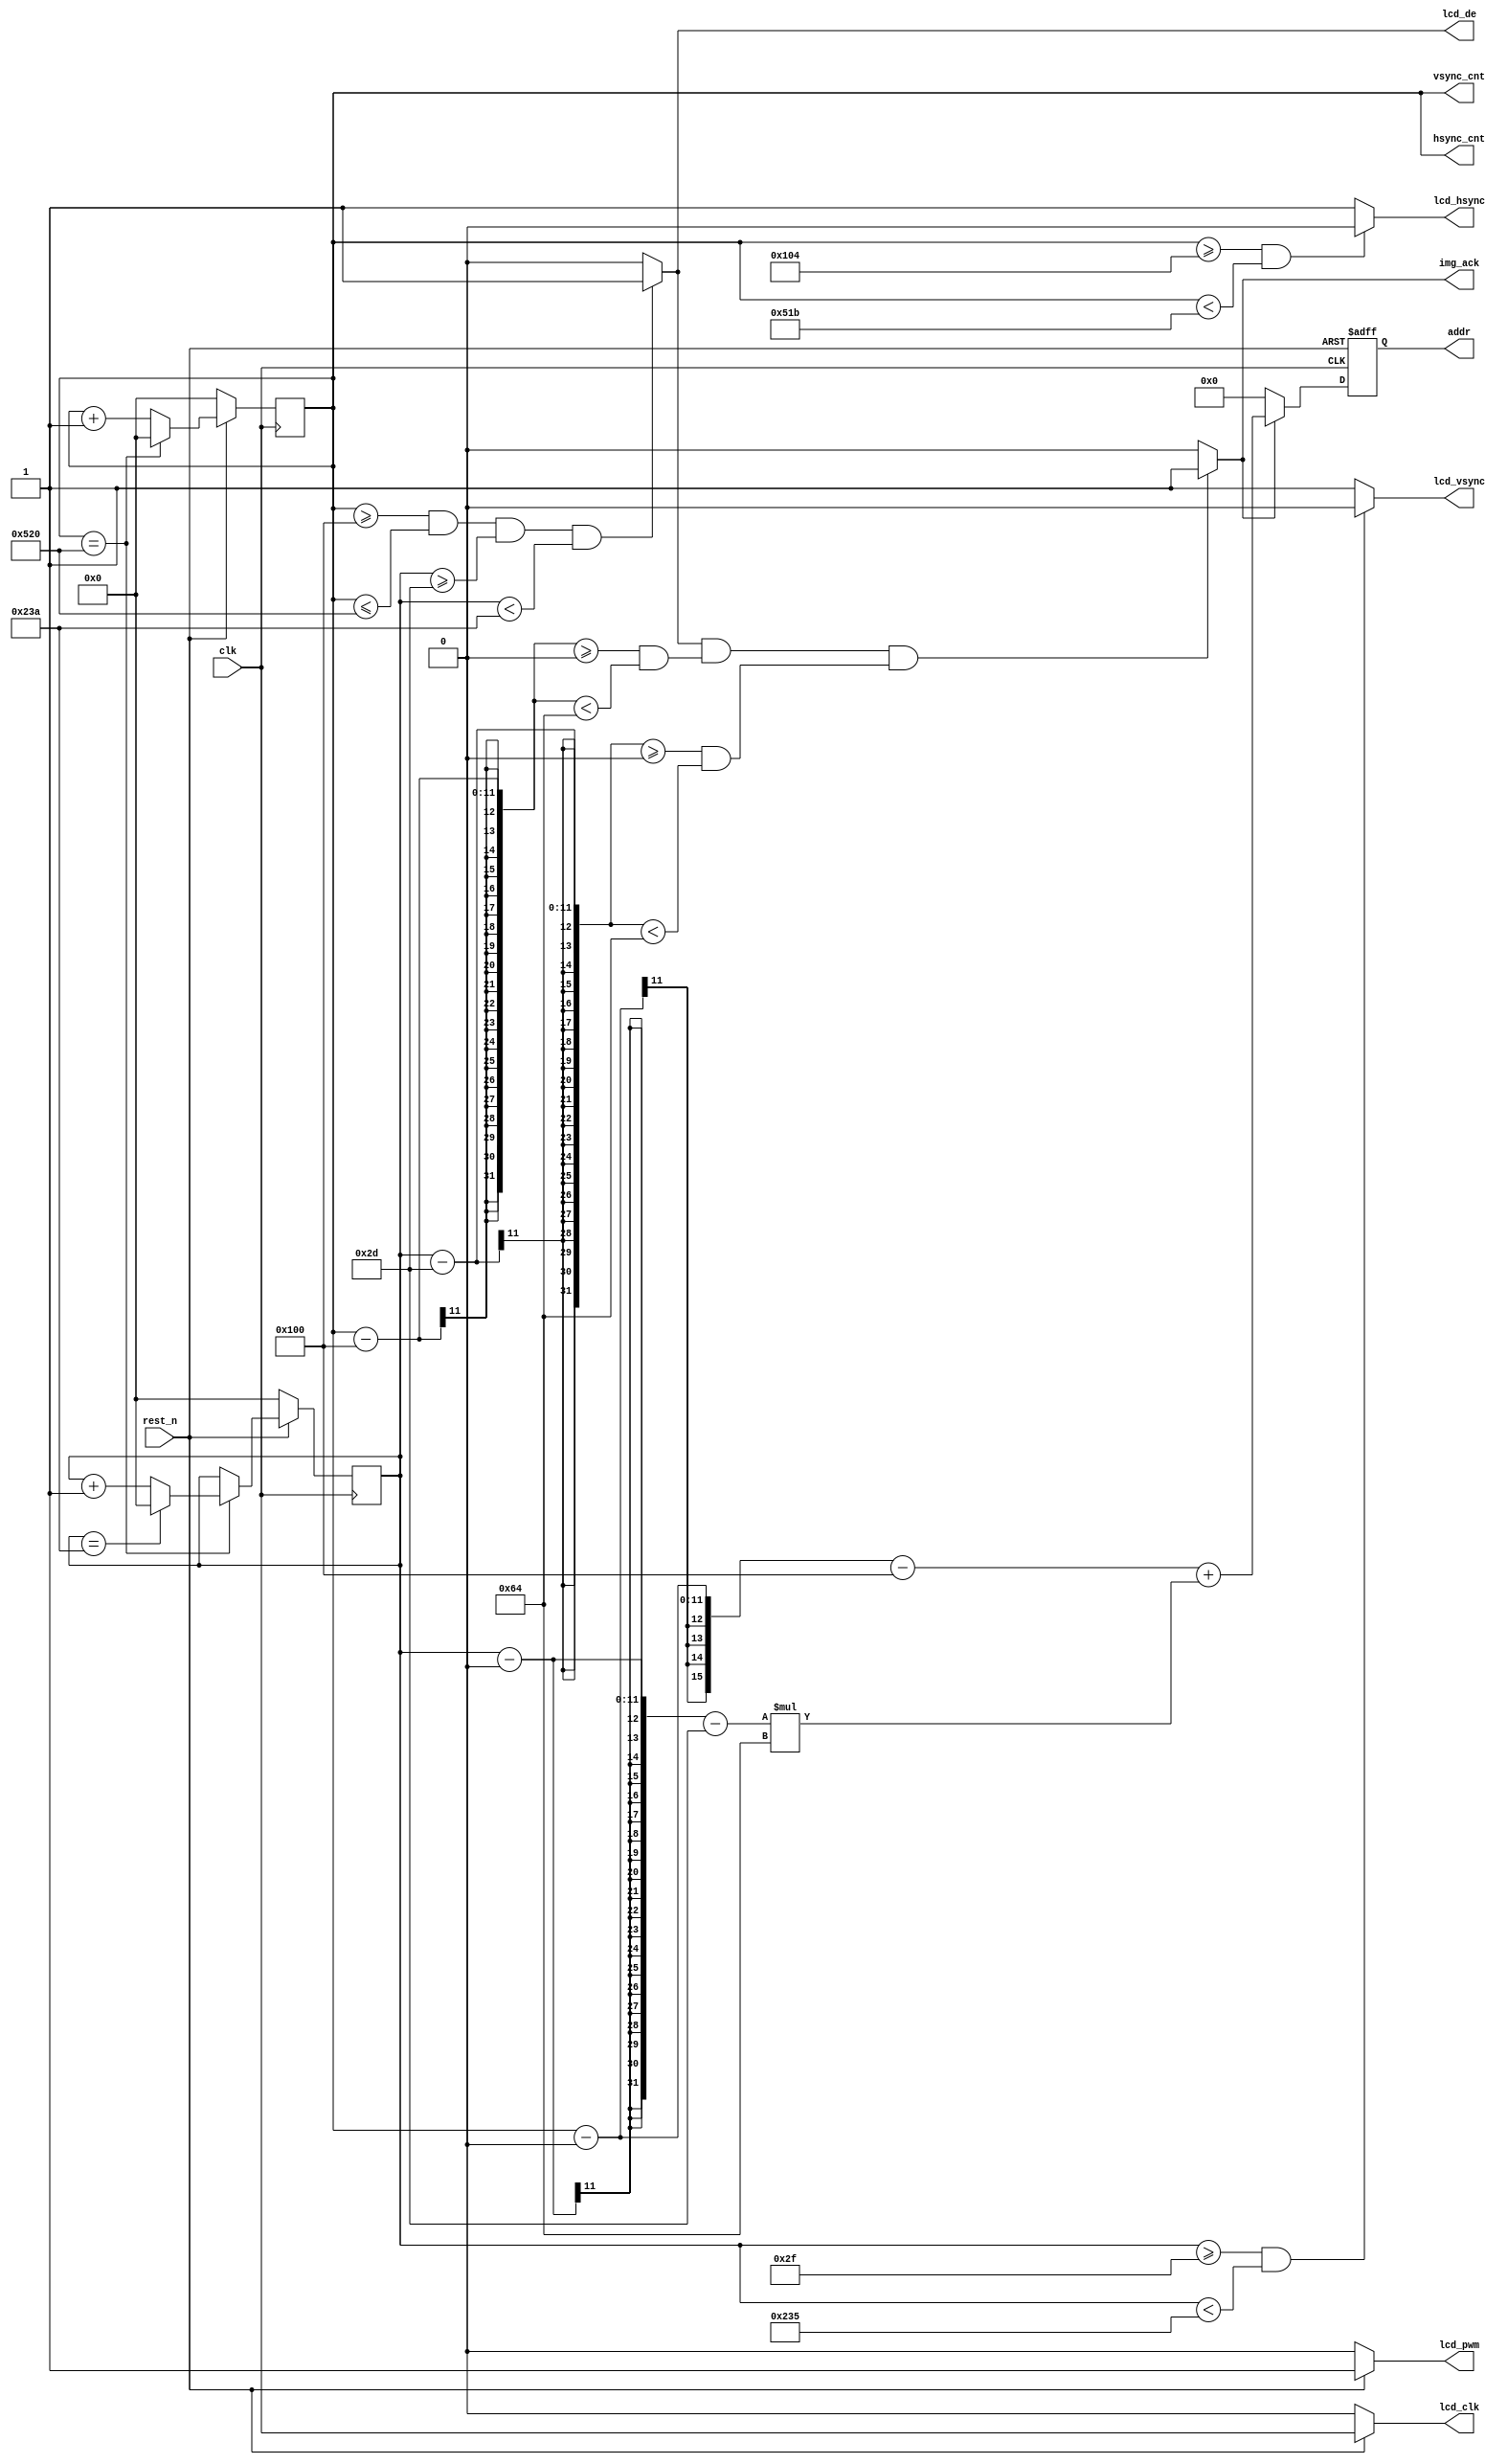

module lcd_sync
#(
 	//display image at pos
	parameter IMG_W = 100,  //
	parameter IMG_H = 100,  //
	parameter IMG_X = 0,
	parameter IMG_Y = 0
)
(
	input wire clk,
	input wire rest_n,
	output wire lcd_clk,
	output wire lcd_pwm,
	output wire lcd_hsync, 
	output wire lcd_vsync, 
	output wire lcd_de,
	output wire [10:0] hsync_cnt,
	output wire [10:0] vsync_cnt,
	output wire img_ack,
	output wire [15:0]addr
	);
	
	`define LCD_480800
`ifdef LCD_480800
	//800*480
	localparam TFT_H = 800;  //TFT
	localparam TFT_V = 480;  //TFT
	
	localparam thb = 256;
	localparam th = 1056 + thb;

	localparam tvb = 45;
	localparam tv = 525 + tvb;


	//640*480
//	localparam TFT_H = 640;  //TFT
//	localparam TFT_V = 480;  //TFT
	
//	localparam thb = 160;
//	localparam th = 640 + thb;

//	localparam tvb = 45;
//	localparam tv = 525 + tvb;
`else
	
	localparam TFT_H = 480;  //TFT
	localparam TFT_V = 272;  //TFT
	
	localparam thb = 41;
	localparam th = 533 + thb;

	localparam tvb = 10;
	localparam tv = 288 + tvb;
`endif

	reg [10:0] counter_hs;
	reg [10:0] counter_vs;

	always@(posedge clk)begin
	if(rest_n == 1'b0)begin
		counter_hs <= 0;
		counter_vs <= 0;
	end
	else begin
	if(counter_hs == th	)begin
		if(counter_vs == tv)
			counter_vs <= 0;
		else
			counter_vs <= counter_vs + 1;
			counter_hs <= 0;
	end
	else
		counter_hs <= counter_hs + 1;
	end	
	end

	reg [10:0]img_hbegin = 0;   //TFT
	reg [10:0]img_vbegin = 0;   //TFT

	assign lcd_clk = (rest_n == 1) ? clk : 1'b0;
	assign lcd_pwm = (rest_n == 1) ? 1'b1 : 1'b0;
	assign lcd_hsync = (counter_hs >= (thb+4) && counter_hs < (th-5)) ? 0 : 1;
	assign lcd_vsync = (counter_vs >= (tvb+2) && counter_vs < (tv-5)) ? 0 : 1;
	assign lcd_de = (counter_hs >= thb && counter_hs <= th && counter_vs >= tvb  && counter_vs < tv) ? 1 : 0;
 	assign hsync_cnt = counter_hs;
 	assign vsync_cnt = counter_hs;

	assign img_ack = lcd_de &&
	((counter_hs - thb) >= IMG_X && (counter_hs - thb) < (IMG_X + IMG_W)) && 
	((counter_vs - tvb) >= IMG_Y && (counter_vs - tvb) < (IMG_Y + IMG_H))?1'b1:1'b0;
	
 	reg [15:0]read_addr;             //rom                  
//    wire [15:0]img_data;       //
/*
 	img mif_img
 	(
 		.doa(img_data), 
 		.addra(addr), 
 		.clka(clk), 
 		.rsta(!rest_n) 
 	);
 	*/
 	
 	assign addr = read_addr;
 	
 	 always@(posedge clk or negedge rest_n)
     begin
         if(!rest_n)
             read_addr <= 16'd0;
         else if(img_ack)
             read_addr <= (counter_hs - IMG_X - thb) + (counter_vs - IMG_Y - tvb)*IMG_W;
         else
             read_addr <= 16'd0;  
     end
     
     
// 		reg [20:0] pixel_counter;
//always@(posedge clk)
//begin
//if(reset == 1'b0)
//	begin
//		pixel_counter <= 0;
//	end
//	else
//		begin
//			if(counter_hs >= 46 && counter_hs <= 686 && counter_vs >= 23  && counter_vs < 503)
//			begin
//				pixel_counter <= pixel_counter + 1;
//			end
//		else
//			if(counter_vs == 504)
//				pixel_counter <= 0;
//		end	
//end	 


endmodule